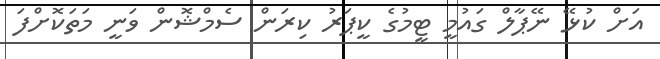
އަށް ކުޅޭ ނޭޕާލް ގައުމީ ޓީމުގެ ކީޕަރު ކިރަން ސެމްޝޮން ވަނީ މަތަކޮށްފަ